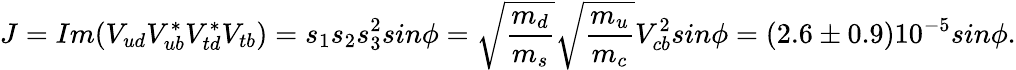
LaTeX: J=Im(V_{ud}V_{ub}^{*}V_{td}^{*}V_{tb})=s_{1}s_{2}s_{3}^{2}sin\phi=\sqrt{\frac{m_{d}}{m_{s}}}\sqrt{\frac{m_{u}}{m_{c}}}V_{cb}^{2}sin\phi=(2.6\pm 0.9)10^{-5}sin\phi.